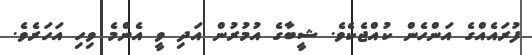
ފުރައެއްގެ އަންހެން ކުއްޖެކެވެ. ޝީބާގެ އުމުރުން އަދި ވީ އެންމެ ވިހި އަހަރެވެ.